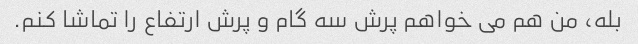
بله، من هم می خواهم پرش سه گام و پرش ارتفاع را تماشا کنم.